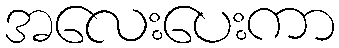
အလေးပေးကာ